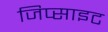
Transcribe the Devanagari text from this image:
जिप्साइट